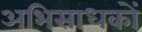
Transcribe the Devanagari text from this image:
अभिसाधकों